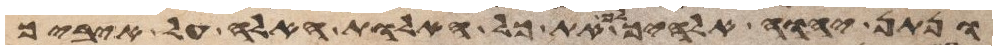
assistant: ונתן יהוה אלהיך את כל האלות האלה על איביך